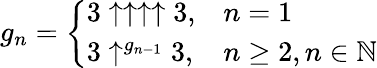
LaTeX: g_{n}=\left\{ {\begin{array}{ll}{3\uparrow\uparrow\uparrow\uparrow 3,}&{n=1}\\ {3\uparrow^{g_{n-1}}3,}&{n\geq 2,n\in\mathbb{N}}\end{array}}\right.